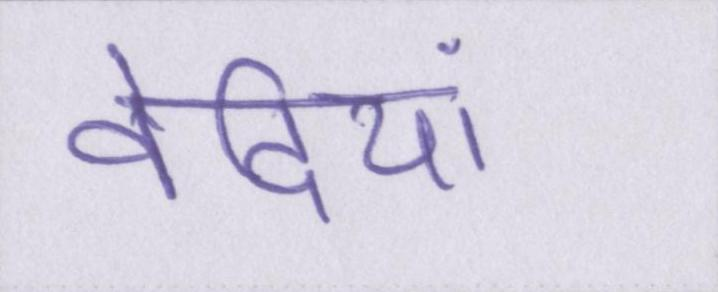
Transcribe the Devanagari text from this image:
वेदियां